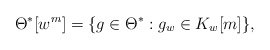
\begin{align*}\Theta^*[w^m] = \{ g \in \Theta^*: g_w \in K_w[m]\},\end{align*}